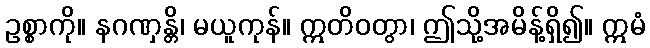
ဥစ္စာကို။ နဂဏှန္တိ၊ မယူကုန်။ ဣတိဝတွာ၊ ဤသို့အမိန့်ရှိ၍။ ဣမံ